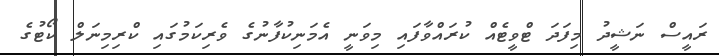
ރައީސް ނަޝީދު މިފަދަ ޓްވީޓެއް ކުރައްވާފައި މިވަނީ އެމަނިކުފާނުގެ ވެރިކަމުގައި ކްރިމިނަލް ކޯޓުގެ